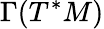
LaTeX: \Gamma(T^{*}M)